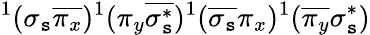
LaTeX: ^1(\sigma_{\mathtt{s}}\overline{{{\pi_{x}}}})^{1}(\pi_{y}\overline{{{\sigma_{\mathtt{s}}^{*}}}})^{1}(\overline{{{\sigma_{\mathtt{s}}}}}\pi_{x})^{1}(\overline{{{\pi_{y}}}}\sigma_{\mathtt{s}}^{*})